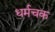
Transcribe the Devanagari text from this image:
धर्मचक